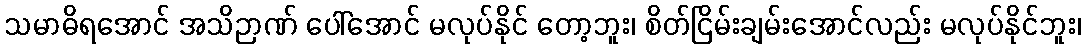
သမာဓိရအောင် အသိဉာဏ် ပေါ်အောင် မလုပ်နိုင် တော့ဘူး၊ စိတ်ငြိမ်းချမ်းအောင်လည်း မလုပ်နိုင်ဘူး၊